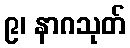
၉၊ နာဂသုတ်